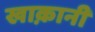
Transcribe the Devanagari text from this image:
खाक़ानी